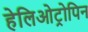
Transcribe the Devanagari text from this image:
हेलिओट्रोपिन